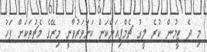
މި ދެ ޓީމުން ކުރެ ލީގު ޗެމްޕިއަންކަން ކަށަވަރުވާނީ މިރޭގެ މެޗުތަކަށް ފަހު